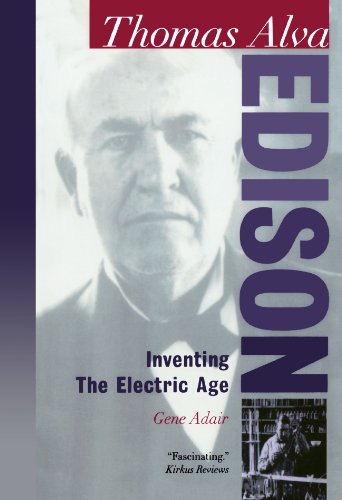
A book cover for Thomas Alva Edison: Inventing the Electric Age (Oxford Portraits in Science); Gene Adair; Teen & Young Adult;